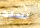
سيد